Annual administration report of the Civil Veterinary Department of India - 1896-1897
Year: 1896
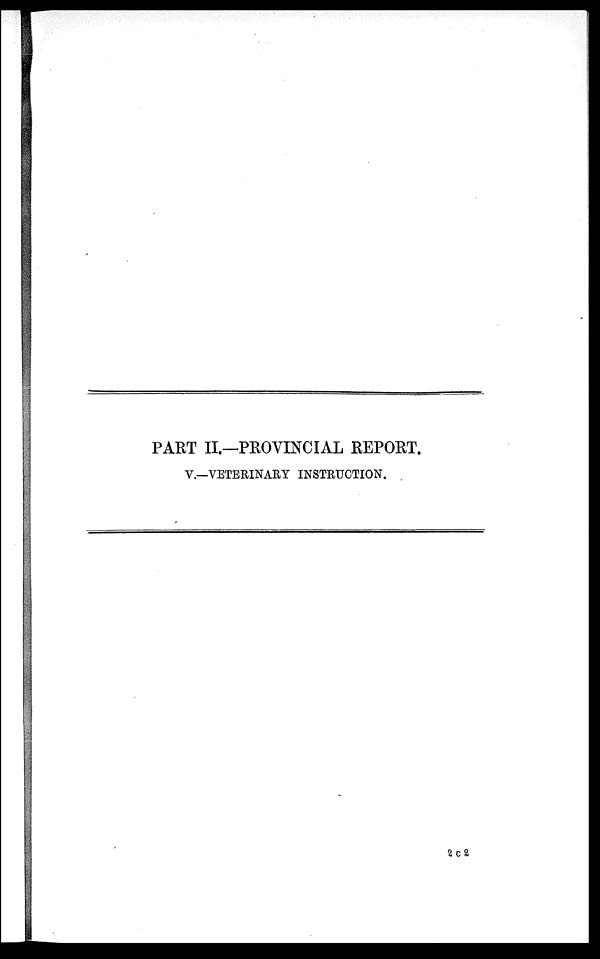
PART II.—PROVINCIAL REPORT.
V.—VETERINARY INSTRUCTION.
2 C 2